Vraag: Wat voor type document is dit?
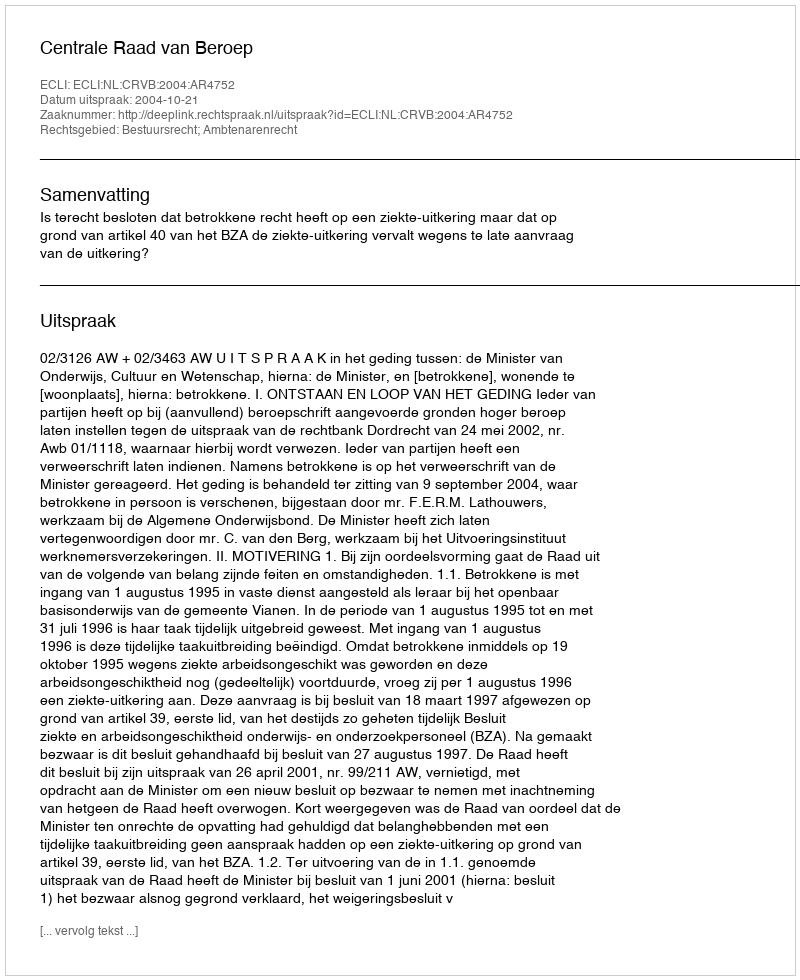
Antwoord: Uitspraak